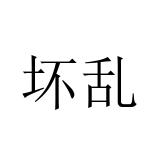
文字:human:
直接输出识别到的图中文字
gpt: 坏乱